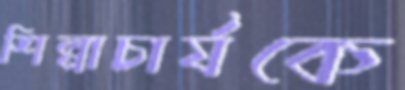
শিল্পাচার্যকে